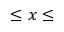
\le x \le